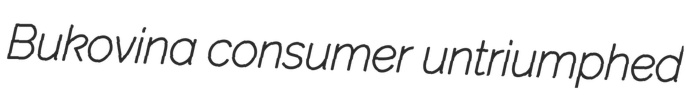
Bukovina consumer untriumphed